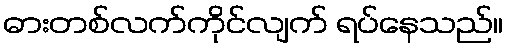
ဓားတစ်လက်ကိုင်လျက် ရပ်နေသည်။